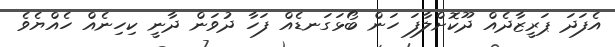
އެފަދަ ޕަރީޒާދެއް ދޫކޮށްލާފަ ހަން ބޯޅަގަނޑެއް ފަހާ ދުވަން ދާނީ ކިހިނެއް ހެއްޔެވެ